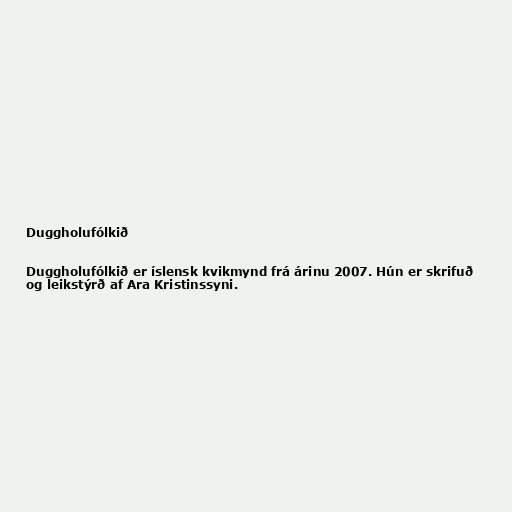
Duggholufólkið

Duggholufólkið er íslensk kvikmynd frá árinu 2007. Hún er skrifuð
og leikstýrð af Ara Kristinssyni.